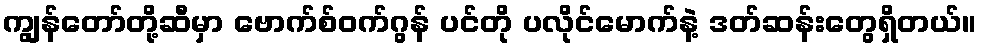
ကျွန်တော်တို့ဆီမှာ ဗောက်စ်ဝက်ဂွန် ပင်တို ပလိုင်မောက်နဲ့ ဒတ်ဆန်းတွေရှိတယ်။